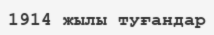
1914 жылы туғандар